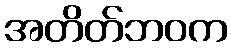
အတိတ်ဘဝက